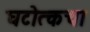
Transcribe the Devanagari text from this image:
घटोत्कचा